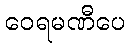
ဝေရမဏီပေ